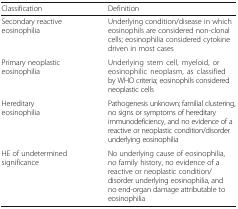
| Classification | Definition |
 | --- | --- |
 | Secondary reactive eosinophilia | Underlying condition/disease in which eosinophils are considered non-clonal cells; eosinophilia considered cytokine driven in most cases |
 | Primary neoplastic eosinophilia | Underlying stem cell, myeloid, or eosinophilic neoplasm, as classified by WHO criteria; eosinophils considered neoplastic cells |
 | Hereditary eosinophilia | Pathogenesis unknown; familial clustering, no signs or symptoms of hereditary immunodeficiency, and no evidence of a reactive or neoplastic condition/disorder underlying eosinophilia |
 | HE of undetermined significance | No underlying cause of eosinophilia, no family history, no evidence of a reactive or neoplastic condition/disorder underlying eosinophilia, and no end-organ damage attributable to eosinophilia |